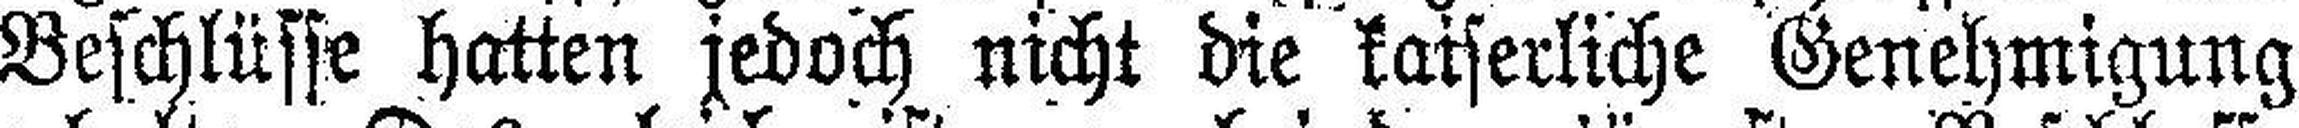
Beschlüsse hatten jedoch nicht die kaiserliche Genehmigung